Annual report on the working of the mental hospitals in the Madras Presidency - 1912-1932
Year: 1912
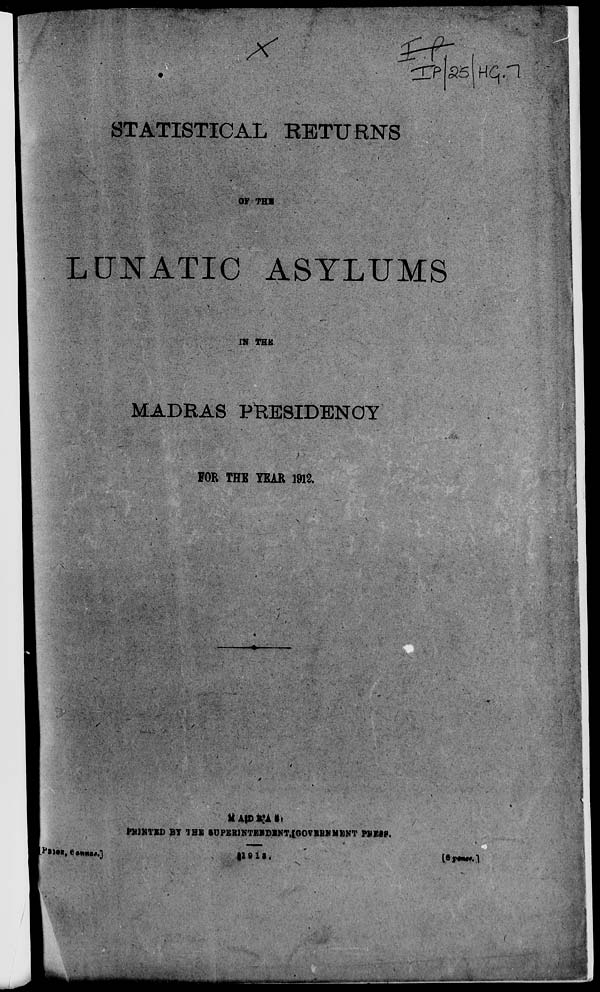
'&* £5 uqn
STATISTICAL RETURNS
OF THB
LUNATIC ASYLUMS
IN THE
MADRAS PRESIDENCY
FOR THE YEAR 1913.
ll'naR.eMMio*.]
It AID k;l a,
PB1HTED BT IBS BUPEBINTEMDENT.IGOVEBMMENT PBEBg.
|1 8 11.
[e *••»«. 1